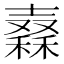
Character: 𥢮